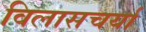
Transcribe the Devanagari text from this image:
विलासचर्या